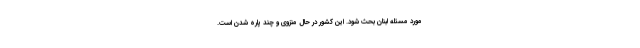
مورد مسئله لبنان بحث شود. این کشور در حال منزوی و چند پاره شدن است.